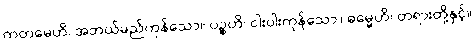
ကတမေဟိ၊ အဘယ်မည်ကုန်သော။ ပဉ္စဟိ၊ ငါးပါးကုန်သော။ ဓမ္မေဟိ၊ တရားတို့နှင့်။